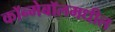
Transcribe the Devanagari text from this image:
कॉन्मेबॉलमधील